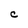
Character: C